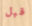
قبل